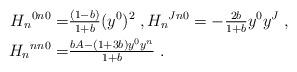
LaTeX: \begin{align*}H_{n}{}^{0n0}=& \tfrac{(1 - b)}{1 + b}(y^0)^2\;,H_{n}{}^{Jn0} = - \tfrac{2 b}{1 + b} y^0 y^J\;,\\H_{n}{}^{nn0}=&\tfrac{b A-(1+3b) y^0y^n}{1+b} \;.\end{align*}